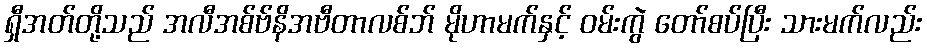
ရှီအတ်တို့သည် အလီအစ်ဗ်နိအဗီတာလစ်ဘ် မိုဟာမက်နှင့် ဝမ်းကွဲ တော်စပ်ပြီး သားမက်လည်း